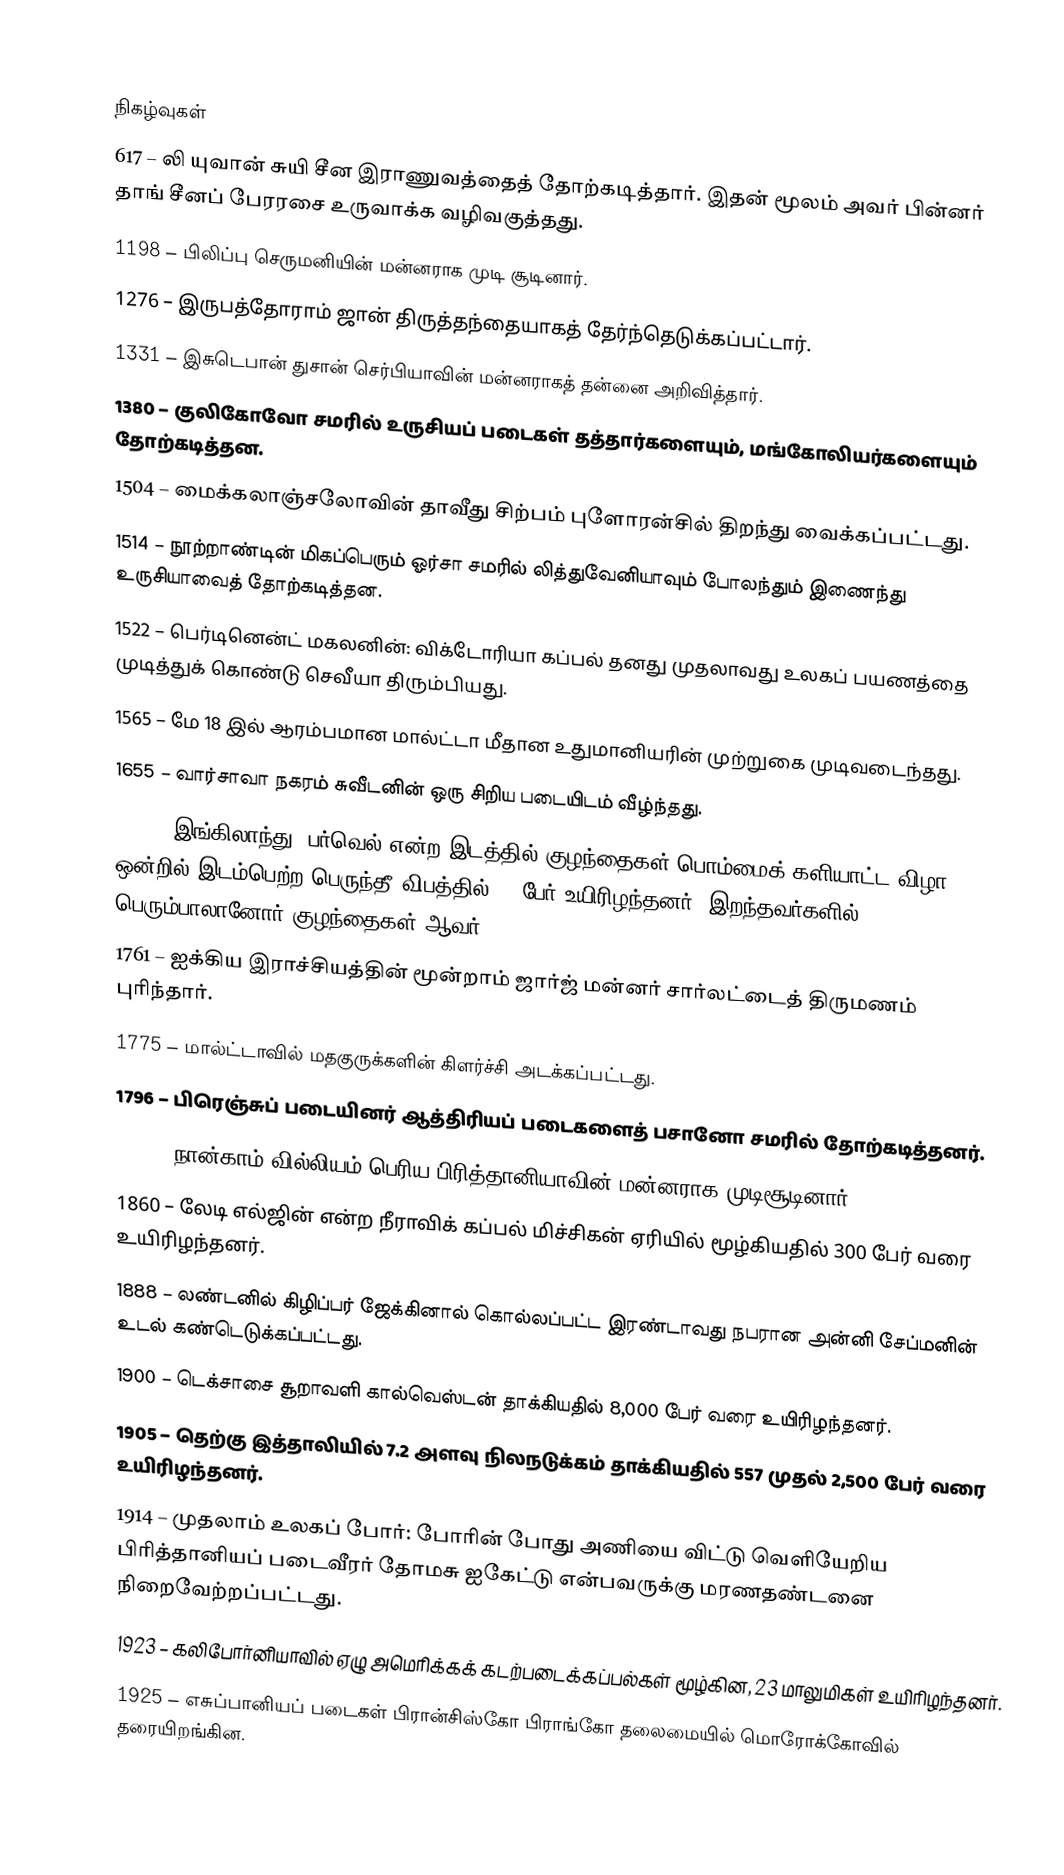

நிகழ்வுகள்
617 – லி யுவான் சுயி சீன இராணுவத்தைத் தோற்கடித்தார். இதன் மூலம் அவர் பின்னர் தாங் சீனப் பேரரசை உருவாக்க வழிவகுத்தது.
1198 – பிலிப்பு செருமனியின் மன்னராக முடி சூடினார்.
1276 – இருபத்தோராம் ஜான் திருத்தந்தையாகத் தேர்ந்தெடுக்கப்பட்டார்.
1331 – இசுடெபான் துசான் செர்பியாவின் மன்னராகத் தன்னை அறிவித்தார்.
1380 – குலிகோவோ சமரில் உருசியப் படைகள் தத்தார்களையும், மங்கோலியர்களையும் தோற்கடித்தன.
1504 – மைக்கலாஞ்சலோவின் தாவீது சிற்பம் புளோரன்சில் திறந்து வைக்கப்பட்டது.
1514 – நூற்றாண்டின் மிகப்பெரும் ஓர்சா சமரில் லித்துவேனியாவும் போலந்தும் இணைந்து உருசியாவைத் தோற்கடித்தன.
1522 – பெர்டினென்ட் மகலனின்: விக்டோரியா கப்பல் தனது முதலாவது உலகப் பயணத்தை முடித்துக் கொண்டு செவீயா திரும்பியது.
1565 – மே 18 இல் ஆரம்பமான மால்ட்டா மீதான உதுமானியரின் முற்றுகை முடிவடைந்தது.
1655 – வார்சாவா நகரம் சுவீடனின் ஒரு சிறிய படையிடம் வீழ்ந்தது.
1727 – இங்கிலாந்து, பர்வெல் என்ற இடத்தில் குழந்தைகள் பொம்மைக் களியாட்ட விழா ஒன்றில் இடம்பெற்ற பெருந்தீ விபத்தில் 78 பேர் உயிரிழந்தனர். இறந்தவர்களில் பெரும்பாலானோர் குழந்தைகள் ஆவர்.
1761 – ஐக்கிய இராச்சியத்தின் மூன்றாம் ஜார்ஜ் மன்னர் சார்லட்டைத் திருமணம் புரிந்தார்.
1775 – மால்ட்டாவில் மதகுருக்களின் கிளர்ச்சி அடக்கப்பட்டது.
1796 – பிரெஞ்சுப் படையினர் ஆத்திரியப் படைகளைத் பசானோ சமரில் தோற்கடித்தனர்.
1831 – நான்காம் வில்லியம் பெரிய பிரித்தானியாவின் மன்னராக முடிசூடினார்.
1860 – லேடி எல்ஜின் என்ற நீராவிக் கப்பல் மிச்சிகன் ஏரியில் மூழ்கியதில் 300 பேர் வரை உயிரிழந்தனர்.
1888 – லண்டனில் கிழிப்பர் ஜேக்கினால் கொல்லப்பட்ட இரண்டாவது நபரான அன்னி சேப்மனின் உடல் கண்டெடுக்கப்பட்டது.
1900 – டெக்சாசை சூறாவளி கால்வெஸ்டன் தாக்கியதில் 8,000 பேர் வரை உயிரிழந்தனர்.
1905 – தெற்கு இத்தாலியில் 7.2 அளவு நிலநடுக்கம் தாக்கியதில் 557 முதல் 2,500 பேர் வரை உயிரிழந்தனர்.
1914 – முதலாம் உலகப் போர்: போரின் போது அணியை விட்டு வெளியேறிய பிரித்தானியப் படைவீரர் தோமசு ஐகேட்டு என்பவருக்கு மரணதண்டனை நிறைவேற்றப்பட்டது.
1923 – கலிபோர்னியாவில் ஏழு அமெரிக்கக் கடற்படைக்கப்பல்கள் மூழ்கின, 23 மாலுமிகள் உயிரிழந்தனர்.
1925 – எசுப்பானியப் படைகள் பிரான்சிஸ்கோ பிராங்கோ தலைமையில் மொரோக்கோவில் தரையிறங்கின.
1